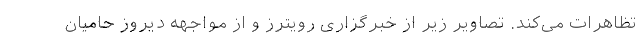
تظاهرات می‌کند. تصاویر زیر از خبرگزاری رویترز و از مواجهه دیروز حامیان